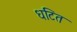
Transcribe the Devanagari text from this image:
धटित